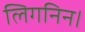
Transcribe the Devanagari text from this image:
लिगनिन।